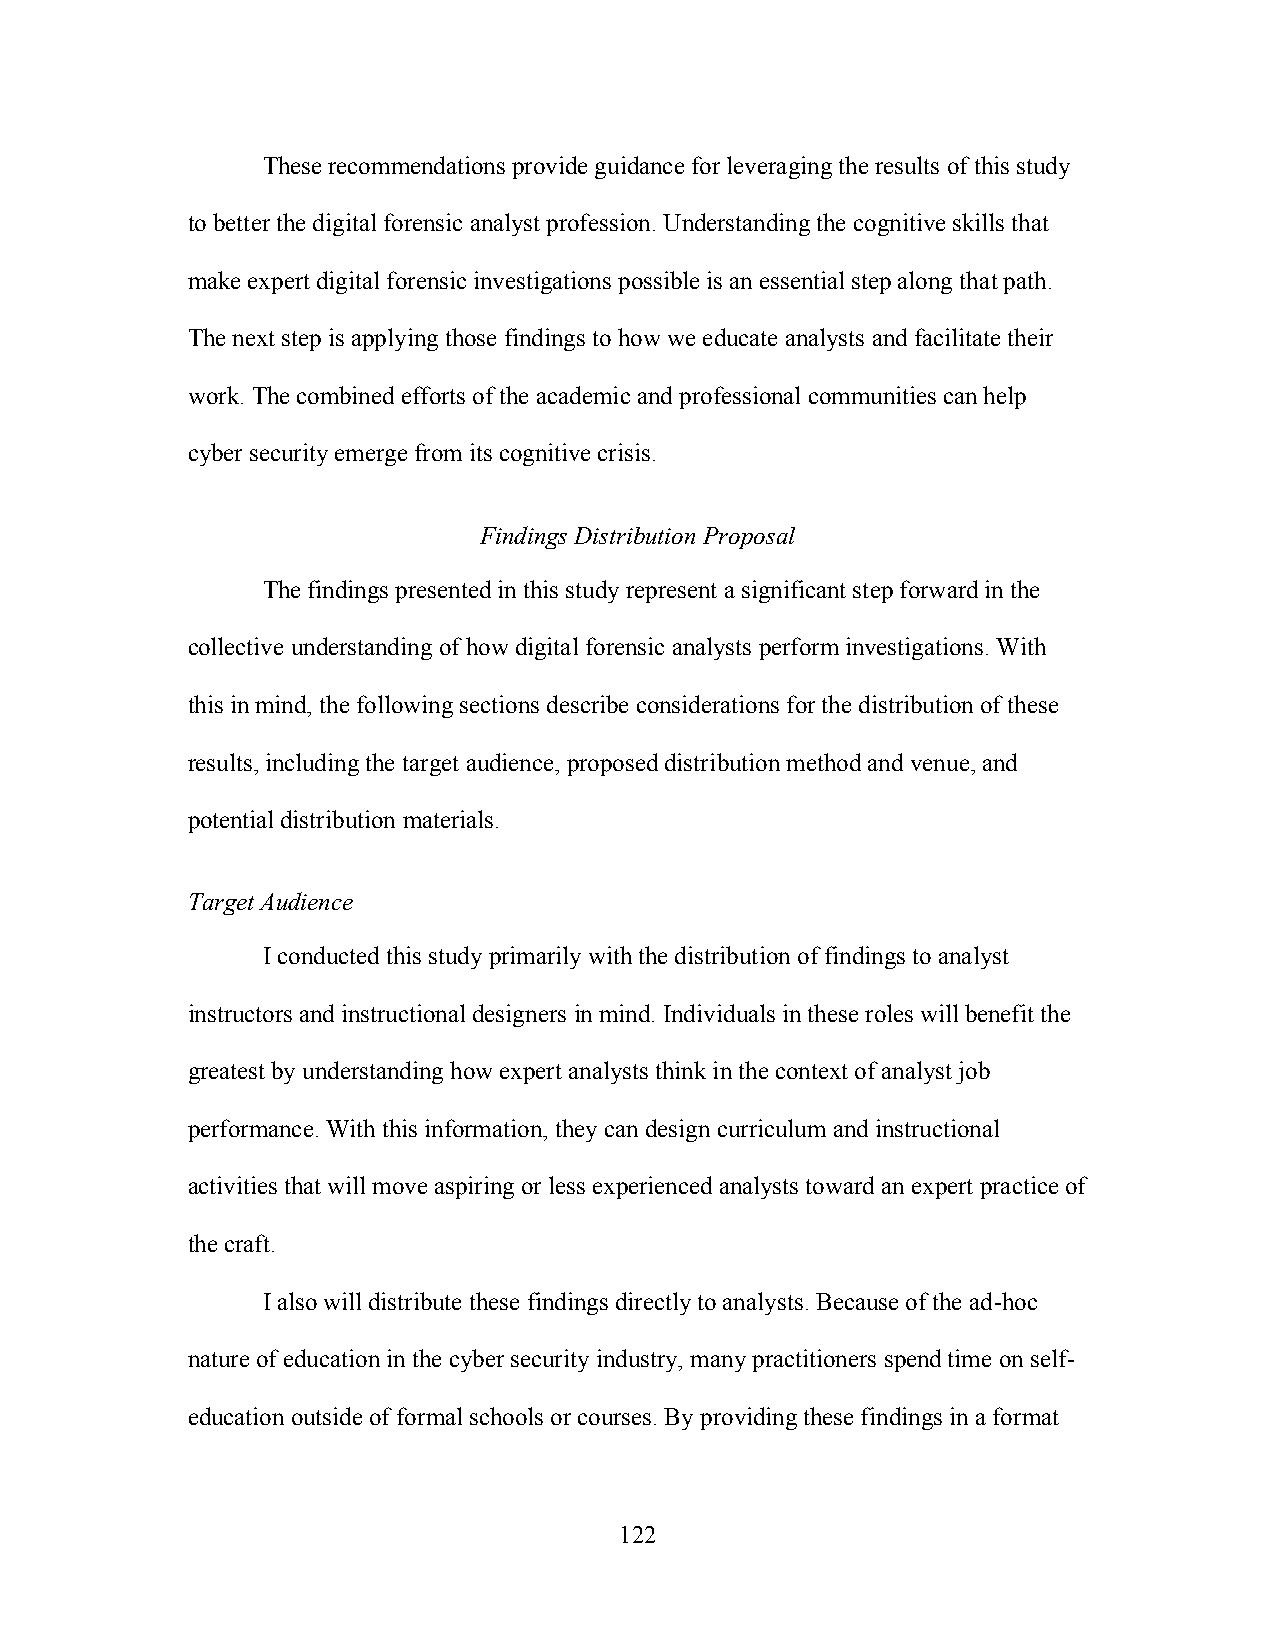
These recommendations provide guidance for leveraging the results of this study
 to better the digital forensic analyst profession. Understanding the cognitive skills that
 make expert digital forensic investigations possible is an essential step along that path.
 The next step is applying those findings to how we educate analysts and facilitate their
 work. The combined efforts of the academic and professional communities can help
 cyber security emerge from its cognitive crisis.
 Findings Distribution Proposal
 The findings presented in this study represent a significant step forward in the
 collective understanding of how digital forensic analysts perform investigations. With
 this in mind, the following sections describe considerations for the distribution of these
 results, including the target audience, proposed distribution method and venue, and
 potential distribution materials.
 Target Audience
 I conducted this study primarily with the distribution of findings to analyst
 instructors and instructional designers in mind. Individuals in these roles will benefit the
 greatest by understanding how expert analysts think in the context of analyst job
 performance. With this information, they can design curriculum and instructional
 activities that will move aspiring or less experienced analysts toward an expert practice of
 the craft.
 I also will distribute these findings directly to analysts. Because of the ad-hoc
 nature of education in the cyber security industry, many practitioners spend time on self-
 education outside of formal schools or courses. By providing these findings in a format
 122